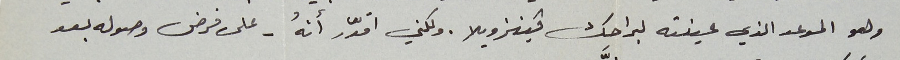
وهو الموعد الذي عينته لبراحك فينزويلا. ولكني اقدّر أنهُ – على فرض وصوله بعد